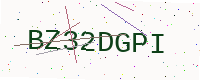
Text: BZ32DGPI